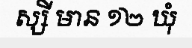
ស្សី មាន ១២ ឃុំ